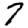
Digit: 7